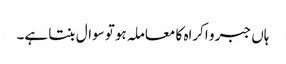
ہاں جبر و اکراہ کا معاملہ ہو تو سوال بنتا ہے۔